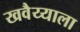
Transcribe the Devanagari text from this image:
खवैय्याला